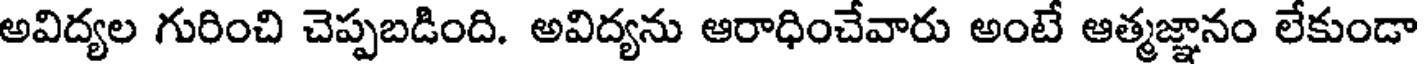
అవిద్యల గురించి చెప్పబడింది. అవిద్యను ఆరాధించేవారు అంటే ఆత్మజ్ఞానం లేకుండా